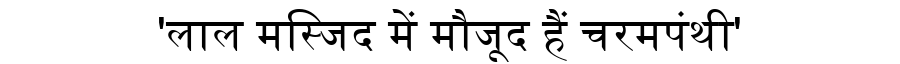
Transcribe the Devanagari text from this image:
'लाल मस्जिद में मौजूद हैं चरमपंथी'